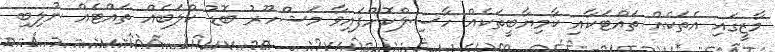
މާޒީގައި އެތަކެއް ތައްޓަކާއި ކާމިޔާބީތަކެއް ހާސިލްކޮށްފައިވާ މަޝްހޫރު ބޮޑު ކްލަބެއް ތައްޓެއް ނުލިބި